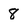
Character: 8